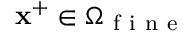
\mathbf { x } ^ { + } \in \Omega _ { \mathrm { ~ f ~ i ~ n ~ e ~ } }